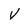
Character: V